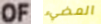
OF المضيء